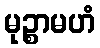
မုဉ္စာမဟံ